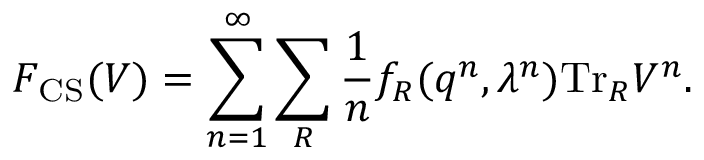
F _ { \mathrm { C S } } ( V ) = \sum _ { n = 1 } ^ { \infty } \sum _ { R } { \frac { 1 } { n } } f _ { R } ( q ^ { n } , \lambda ^ { n } ) \mathrm { T r } _ { R } V ^ { n } .